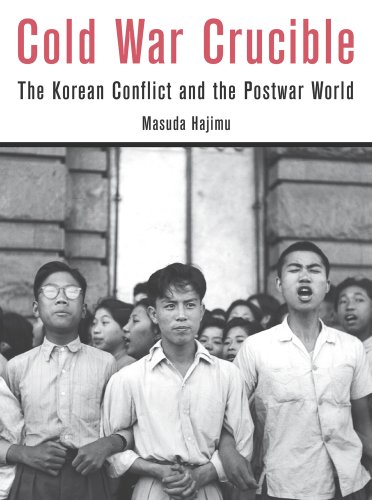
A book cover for Cold War Crucible: The Korean Conflict and the Postwar World; Hajimu Masuda; History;